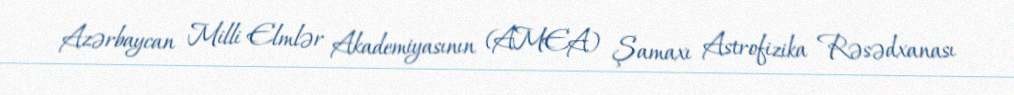
Azərbaycan Milli Elmlər Akademiyasının (AMEA) Şamaxı Astrofizika Rəsədxanası